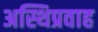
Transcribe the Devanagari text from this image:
अस्थिप्रवाह